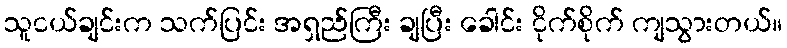
သူငယ်ချင်းက သက်ပြင်း အရှည်ကြီး ချပြီး ခေါင်း ငိုက်စိုက် ကျသွားတယ်။